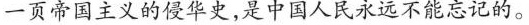
一页帝国主义的侵华史，是中国人民永远不能忘记的。